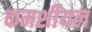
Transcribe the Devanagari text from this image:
कमर्शीयल